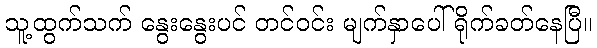
သူ့ထွက်သက် နွေးနွေးပင် တင်ဝင်း မျက်နှာပေါ် ရိုက်ခတ်နေပြီ။